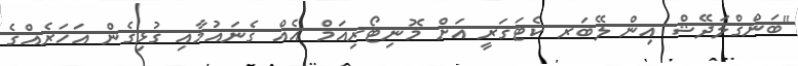
"ބަންގްލަދޭޝް އިން ލޭބަރ ކެޓަގަރީ އަށް މޮނިޓޯރިއަމް އެއް ގެނައުމާއި ގުޅިގެން އަހަރެއްގެ